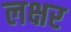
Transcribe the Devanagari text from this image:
लक्षर